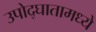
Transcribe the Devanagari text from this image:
उपोद्‌घातामध्ये